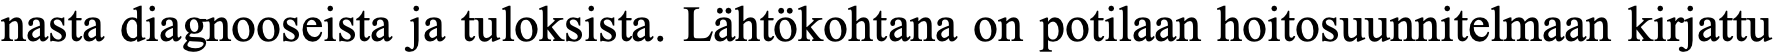
nasta diagnooseista ja tuloksista. Lähtökohtana on potilaan hoitosuunnitelmaan kirjattu